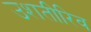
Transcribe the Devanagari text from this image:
उशतीरिव